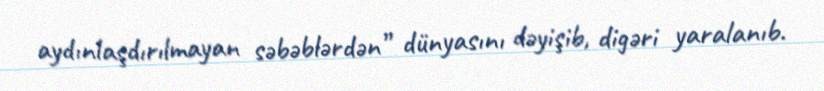
aydınlaşdırılmayan səbəblərdən” dünyasını dəyişib, digəri yaralanıb.